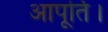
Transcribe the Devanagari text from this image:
आपूर्ति।